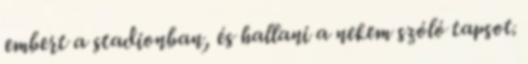
embert a stadionban, és hallani a nekem szóló tapsot.